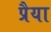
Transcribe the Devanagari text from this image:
प्रैया